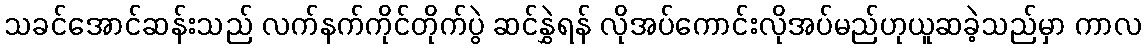
သခင်အောင်ဆန်းသည် လက်နက်ကိုင်တိုက်ပွဲ ဆင်နွှဲရန် လိုအပ်ကောင်းလိုအပ်မည်ဟုယူဆခဲ့သည်မှာ ကာလ